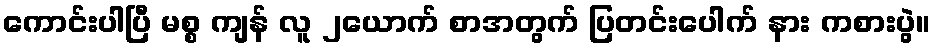
ကောင်းပါပြီ မစ္စ ကျန် လူ ၂ယောက် စာအတွက် ပြတင်းပေါက် နား ကစားပွဲ။